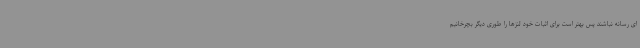
ای رسانه نباشند پس بهتر است برای اثبات خود لنزها را طوری دیگر بچرخانیم